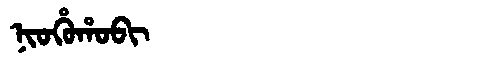
Manchu: ᠨᡳᠣᡥᡠᡥᠣᠪᡳ
Romanization: NIOHUHOBI